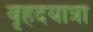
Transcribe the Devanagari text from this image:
वृहदयात्रा